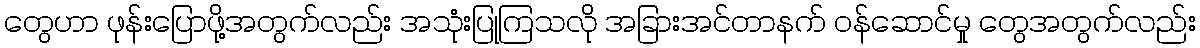
တွေဟာ ဖုန်းပြောဖို့အတွက်လည်း အသုံးပြုကြသလို အခြားအင်တာနက် ဝန်ဆောင်မှု တွေအတွက်လည်း